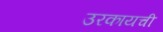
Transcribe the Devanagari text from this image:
उरकायची